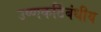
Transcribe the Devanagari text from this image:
उष्णकटिंबंधीय